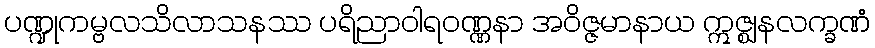
ပဏ္ဍုကမ္ဗလသိလာသနဿ ပရိညာဝါရဝဏ္ဏနာ အဝိဇ္ဇမာနာယ ဣဇ္ဈနလက္ခဏံ